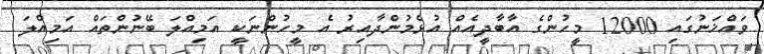
ވައްޚަނުގައި 12000 މީހުންގެ އާބާދީއެއް އުޅެމުންދާއިރު އެ މީހުންނަކީ އަމިއްލަ ބޭނުންތައް އަމިއްލަ